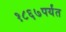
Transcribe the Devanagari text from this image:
१८६७पर्यंत